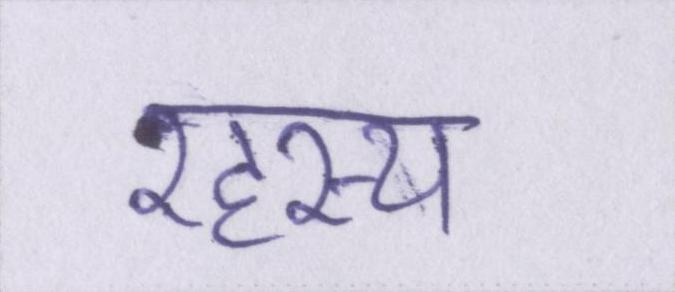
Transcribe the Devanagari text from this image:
रहस्य